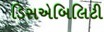
ડિસએબિલિટી